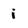
Character: i